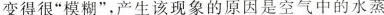
变得很“模糊”，产生该现象的原因是空气中的水蒸